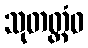
သုတတ္တံဝ